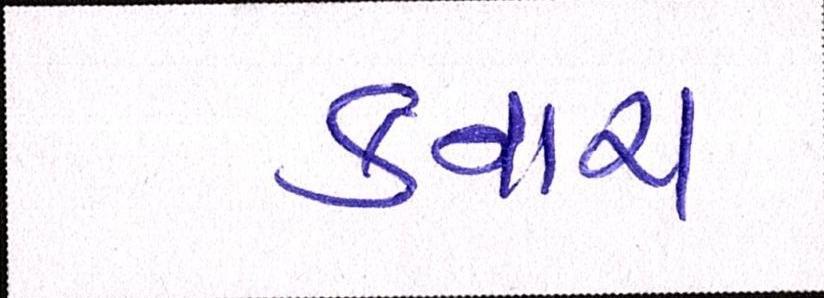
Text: કનારા